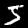
Digit: 5